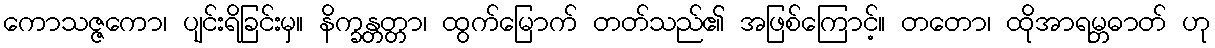
ကောသဇ္ဇကော၊ ပျင်းရိခြင်းမှ။ နိက္ခန္တတ္တာ၊ ထွက်မြောက် တတ်သည်၏ အဖြစ်ကြောင့်။ တတော၊ ထိုအာရမ္ဘဓာတ် ဟု